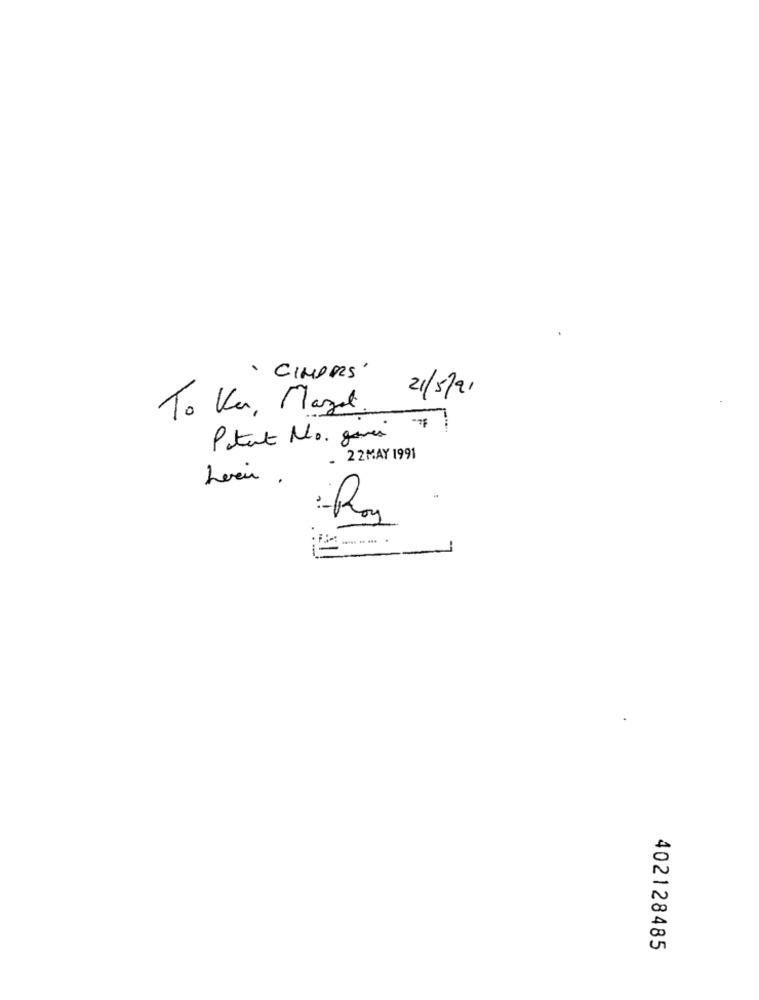
. CIMARS'
21/5/91
To Kar, Margot.
Patent No. govin
- 2 2MAY 1991
:- Roy
402128485